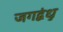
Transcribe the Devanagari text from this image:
जगद्बंधु